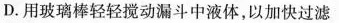
D.用玻璃棒轻轻搅动漏斗中液体，以加快过滤